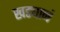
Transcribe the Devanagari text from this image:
खड्यानं